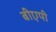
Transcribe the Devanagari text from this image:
बीएपी